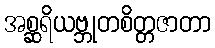
အစ္ဆရိယဗ္ဘုတစိတ္တဇာတာ